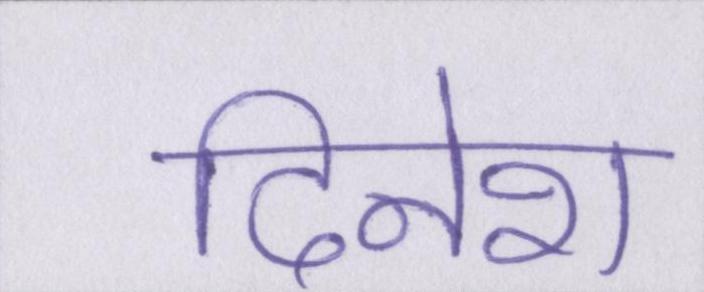
दिनेश